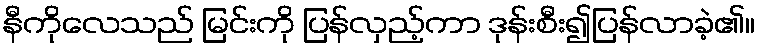
နီကိုလေသည် မြင်းကို ပြန်လှည့်ကာ ဒုန်းစီး၍ပြန်လာခဲ့၏။